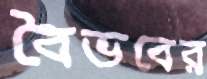
বৈভবের